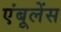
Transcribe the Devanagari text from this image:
एंबूलेंस